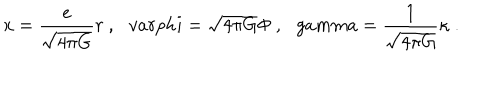
LaTeX: x = \frac { e } { \sqrt { 4 \pi G } } r \ , \ \ \, v a r p h i = \sqrt { 4 \pi G } \Phi \ , \ \ \, g a m m a = \frac { 1 } { \sqrt { 4 \pi G } } \kappa \ .